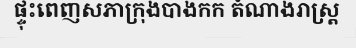
ផ្ទុះពេញសភាក្រុងបាងកក តំណាងរាស្ត្រ